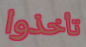
تأخذوا